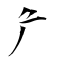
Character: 厃